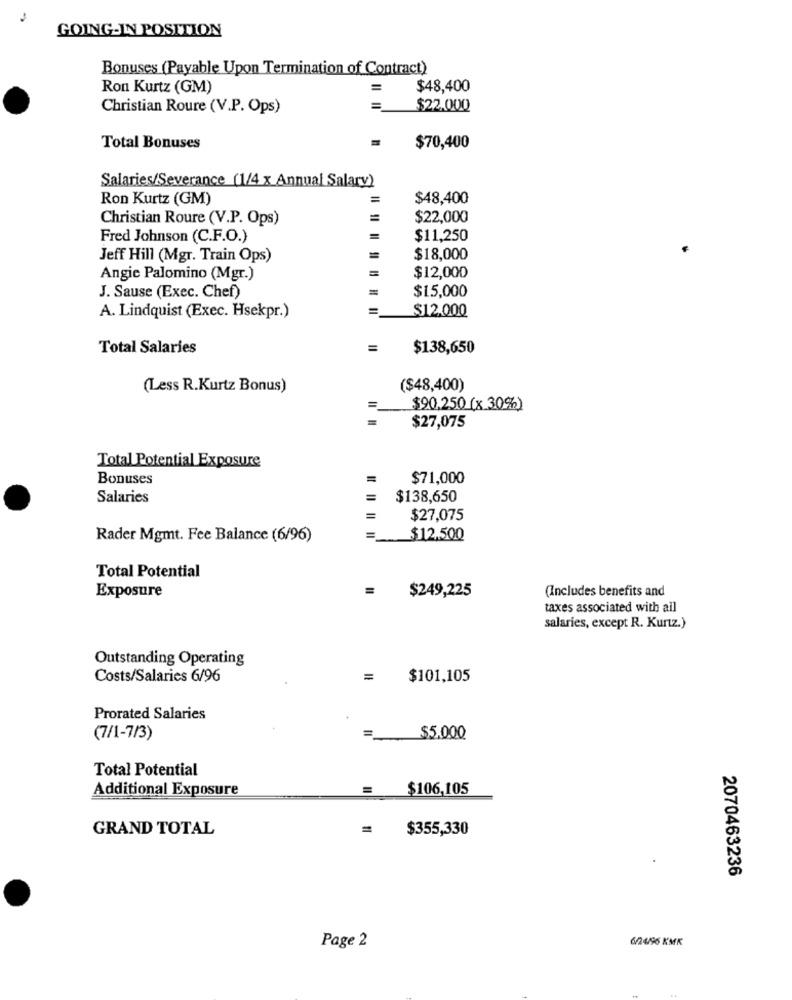
GOING-IN POSITION
Bonuses (Payable Upon Termination of Contract)
Ron Kurtz (GM)
$48,400
Christian Roure (V.P. Ops)
=
$22.000
Total Bonuses
$70,400
Salaries/Severance (1/4 x Annual Salary)
Ron Kurtz (GM)
=
$48,400
Christian Roure (V.P. Ops)
$22,000
Fred Johnson (C.F.O.)
$11,250
Jeff Hill (Mgr. Train Ops)
$18,000
$12,000
Angie Palomino (Mgr.)
=
$15,000
J. Sause (Exec. Chef)
=
$12,000
A. Lindquist (Exec. Hsekpr.)
Total Salaries
=
$138,650
(Less R.Kurtz Bonus)
($48,400)
=
$90,250 (x 30%)
=
$27,075
Total Potential Exposure
Bonuses
$71,000
Salaries
=
$138,650
$27,075
Rader Mgmt. Fee Balance (6/96)
=
$12,500
Total Potential
Exposure
(Includes benefits and
$249,225
taxes associated with all
salaries, except R. Kurtz.)
Outstanding Operating
Costs/Salaries 6/96
=
$101,105
Prorated Salaries
(7/1-7/3)
=
$5.000
Total Potential
Additional Exposure
$106,105
GRAND TOTAL
=
$355,330
2070463236
6/24/96 KMK
Page 2